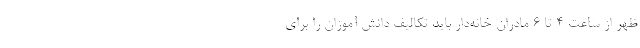
ظهر از ساعت ۴ تا ۶ مادران خانه‌دار باید تکالیف دانش آموزان را برای